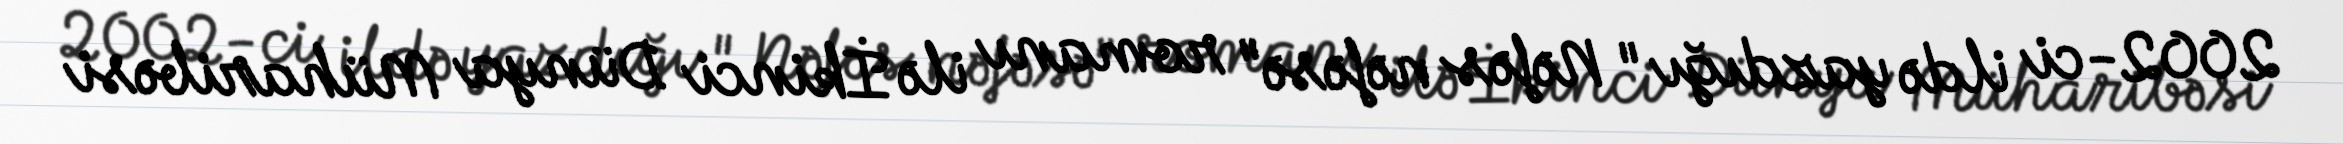
2002-ci ildə yazdığı " Nəfəs nəfəsə" romanı ilə İkinci Dünya Müharibəsi